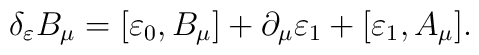
\delta_{\varepsilon} B_{\mu} = [\varepsilon_{0},B_{\mu}] +          \partial_{\mu} \varepsilon_{1} + [\varepsilon_{1},A_{\mu}].